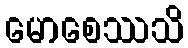
မောစေဿသိ